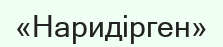
«Наридірген»